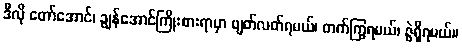
ဒီလို တော်အောင်၊ ချွန်အောင်ကြိုးစားရာမှာ ဖျတ်လတ်ရမယ်၊ တက်ကြွရမယ်၊ ဇွဲရှိရမယ်။